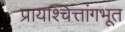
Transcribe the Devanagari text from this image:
प्रायश्चित्तांगभूत